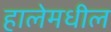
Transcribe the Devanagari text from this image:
हालेमधील